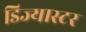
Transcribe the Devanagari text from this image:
डिज्यास्टर